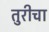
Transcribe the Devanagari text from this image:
तुरीचा